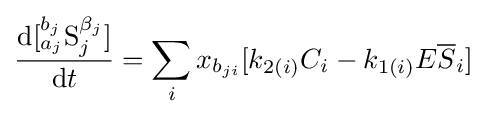
{\frac {{\mathrm {d} }[{^{b_{j}}_{a_{j}}}{\ce {S}}_{j}^{\beta _{j}}]}{{\mathrm {d} }t}}=\sum _{i}x_{b_{ji}}[{k}_{2(i)}C_{i}-{k}_{1(i)}{E{\overline {S}}}_{i}]